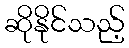
ဆိုနိုင်သည့်